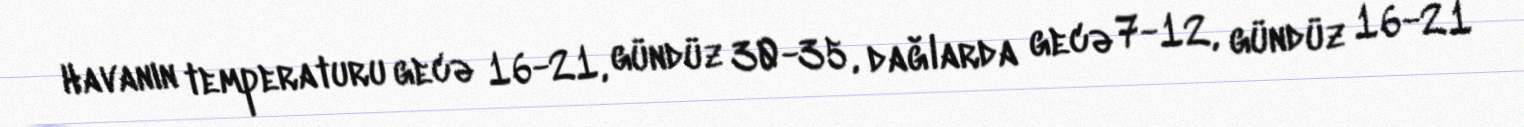
Havanın temperaturu gecə 16-21, gündüz 30-35, dağlarda gecə 7-12, gündüz 16-21